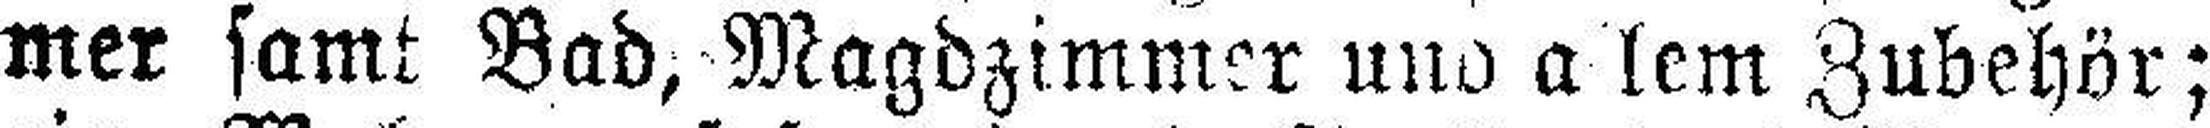
mer samt Bad, Magdzimmer und allem Zubehör;